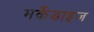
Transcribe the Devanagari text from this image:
मर्केडाइज